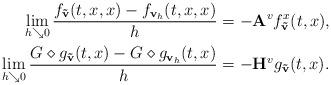
LaTeX: \begin{align*} \lim_{h \searrow 0} \frac{f_{\bf \tilde v}(t,x,x) -f_{{\bf v}_h}(t,x,x)}{h} & = -{\bf A}^vf_{\bf \tilde v}^x(t,x), \\\lim_{h \searrow 0} \frac{G \diamond g_{\bf \tilde v}(t,x)-G \diamond g_{{\bf v}_h}(t,x)}{h} & = - {\bf H}^vg_{\bf \tilde v}(t,x).\end{align*}